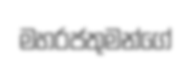
මහරජතුමන්ගේ